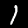
Label: 1